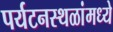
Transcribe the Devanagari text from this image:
पर्यटनस्थळांमध्ये